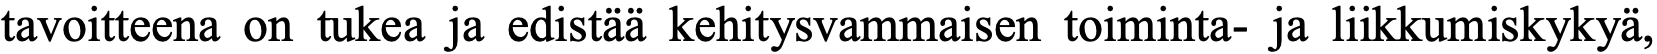
tavoitteena on tukea ja edistää kehitysvammaisen toiminta- ja liikkumiskykyä,